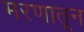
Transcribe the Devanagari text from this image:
मरणातून